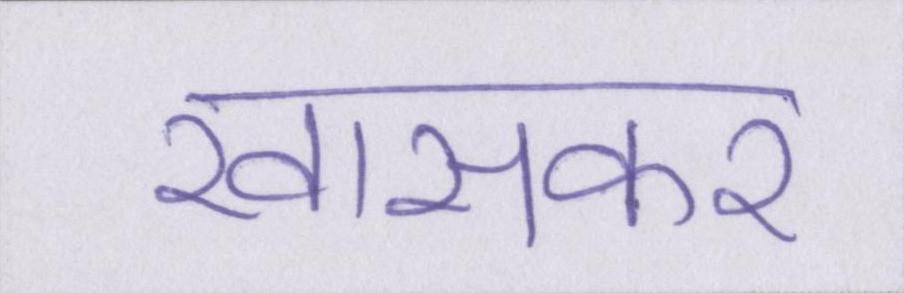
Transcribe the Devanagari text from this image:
खासकर